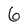
Character: 6